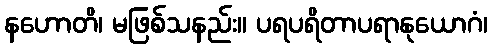
နဟောတိ၊ မဖြစ်သနည်း။ ပရပရိတာပရာနုယောဂံ၊